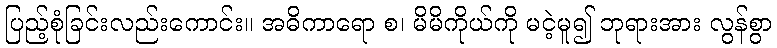
ပြည့်စုံခြင်းလည်းကောင်း။ အဓိကာရော စ၊ မိမိကိုယ်ကို မငဲ့မူ၍ ဘုရားအား လွန်စွာ